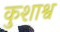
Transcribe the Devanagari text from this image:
कुशाश्व